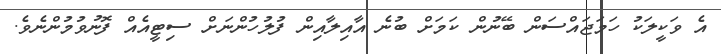
އެ ވަކީލަކު ހަމަޖައްސަން ބޭނުން ކަމަށް ބުނެ އާއިލާއިން ފުލުހުންނަށް ސިޓީއެއް ފޮނުވުމުންނެވެ.